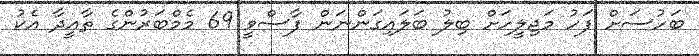
ބަހުސަށް ފަހު މަޖިލީހަށް ބިލު ބަލައިގަންނަން ފާސްވީ 69 މެމްބަރުންގެ ތާއީދާ އެކު